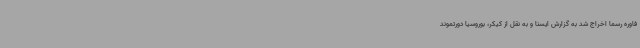
فاوره رسما اخراج شد به گزارش ایسنا و به نقل از کیکر، بوروسیا دورتموند